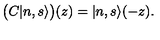
\bigl ( C | n , s \rangle \bigr ) ( z ) = | n , s \rangle ( - z ) .